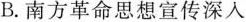
B.南方革命思想宣传深入